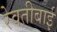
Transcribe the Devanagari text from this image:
रेवतीबाई